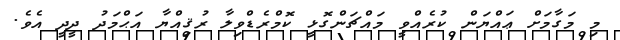
މި މަގާމަށް ޢައްޔަން ކުރެއްވީ މައްޗަންގޮޅީ ކޮމްރެޑްވިލާ ރުޤިއްޔާ އަޙްމަދު ދީދީ އެވެ.